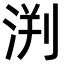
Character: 𣵃